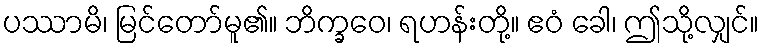
ပဿာမိ၊ မြင်တော်မူ၏။ ဘိက္ခဝေ၊ ရဟန်းတို့။ ဧဝံ ခေါ၊ ဤသို့လျှင်။